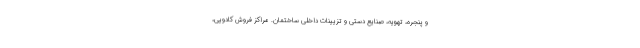
و پنجره، تهویه، صنایع دستی و تزیینات داخلی ساختمان. مراکز فروش کادویی،